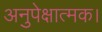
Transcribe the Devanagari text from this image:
अनुपेक्षात्मक।